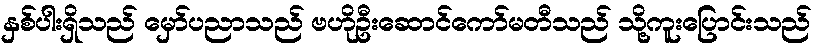
နှစ်ပါးရှိသည် မှော်ပညာသည် ဗဟိုဦးဆောင်ကော်မတီသည် သို့ကူးပြောင်းသည်